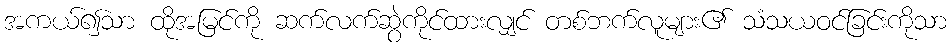
အကယ်၍သာ ထိုအမြင်ကို ဆက်လက်ဆွဲကိုင်ထားလျှင် တစ်ဘက်လူများ၏ သံသယဝင်ခြင်းကိုသာ